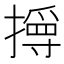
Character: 㩊